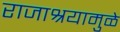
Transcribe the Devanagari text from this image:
राजाश्रयामुळे